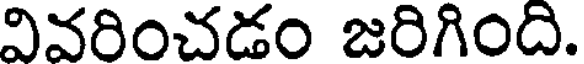
వివరించడం జరిగింది.